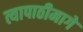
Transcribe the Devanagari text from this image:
त्यापाठीमागे